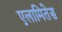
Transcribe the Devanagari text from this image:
एलामितेस